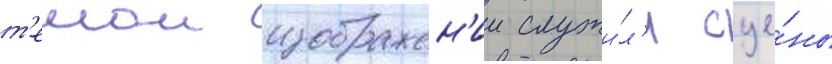
т'емои изображен'ии служи́л'и сце́ны